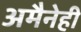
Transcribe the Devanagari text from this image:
अमैनेही